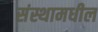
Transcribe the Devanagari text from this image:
संस्थामधील